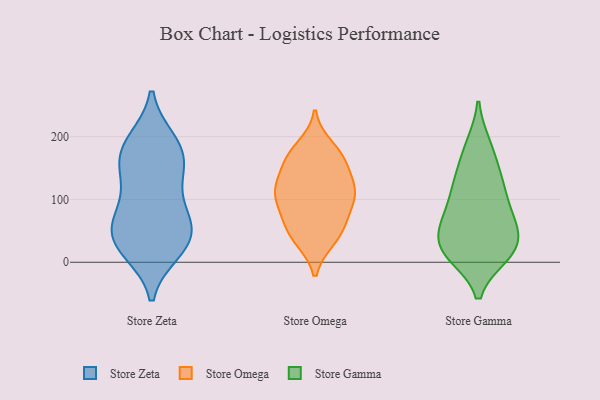
{"axis": {"x": "Waste Production (Tons)", "y": "Value"}, "legend": ["Store Gamma", "Store Omega", "Store Zeta"], "data": [{"x": "", "y": 80, "type": "Store Zeta"}, {"x": "", "y": 193, "type": "Store Zeta"}, {"x": "", "y": 136, "type": "Store Zeta"}, {"x": "", "y": 179, "type": "Store Zeta"}, {"x": "", "y": 172, "type": "Store Zeta"}, {"x": "", "y": 192, "type": "Store Zeta"}, {"x": "", "y": 18, "type": "Store Zeta"}, {"x": "", "y": 81, "type": "Store Zeta"}, {"x": "", "y": 141, "type": "Store Zeta"}, {"x": "", "y": 27, "type": "Store Zeta"}, {"x": "", "y": 21, "type": "Store Zeta"}, {"x": "", "y": 40, "type": "Store Zeta"}, {"x": "", "y": 38, "type": "Store Zeta"}, {"x": "", "y": 147, "type": "Store Zeta"}, {"x": "", "y": 62, "type": "Store Zeta"}, {"x": "", "y": 66, "type": "Store Zeta"}, {"x": "", "y": 184, "type": "Store Omega"}, {"x": "", "y": 153, "type": "Store Omega"}, {"x": "", "y": 36, "type": "Store Omega"}, {"x": "", "y": 116, "type": "Store Omega"}, {"x": "", "y": 112, "type": "Store Omega"}, {"x": "", "y": 160, "type": "Store Omega"}, {"x": "", "y": 43, "type": "Store Omega"}, {"x": "", "y": 120, "type": "Store Omega"}, {"x": "", "y": 116, "type": "Store Omega"}, {"x": "", "y": 74, "type": "Store Omega"}, {"x": "", "y": 111, "type": "Store Omega"}, {"x": "", "y": 37, "type": "Store Omega"}, {"x": "", "y": 170, "type": "Store Omega"}, {"x": "", "y": 104, "type": "Store Omega"}, {"x": "", "y": 71, "type": "Store Omega"}, {"x": "", "y": 70, "type": "Store Omega"}, {"x": "", "y": 168, "type": "Store Omega"}, {"x": "", "y": 149, "type": "Store Gamma"}, {"x": "", "y": 11, "type": "Store Gamma"}, {"x": "", "y": 12, "type": "Store Gamma"}, {"x": "", "y": 16, "type": "Store Gamma"}, {"x": "", "y": 79, "type": "Store Gamma"}, {"x": "", "y": 102, "type": "Store Gamma"}, {"x": "", "y": 24, "type": "Store Gamma"}, {"x": "", "y": 42, "type": "Store Gamma"}, {"x": "", "y": 24, "type": "Store Gamma"}, {"x": "", "y": 59, "type": "Store Gamma"}, {"x": "", "y": 129, "type": "Store Gamma"}, {"x": "", "y": 59, "type": "Store Gamma"}, {"x": "", "y": 187, "type": "Store Gamma"}, {"x": "", "y": 113, "type": "Store Gamma"}, {"x": "", "y": 11, "type": "Store Gamma"}, {"x": "", "y": 133, "type": "Store Gamma"}, {"x": "", "y": 185, "type": "Store Gamma"}, {"x": "", "y": 53, "type": "Store Gamma"}, {"x": "", "y": 77, "type": "Store Gamma"}]}